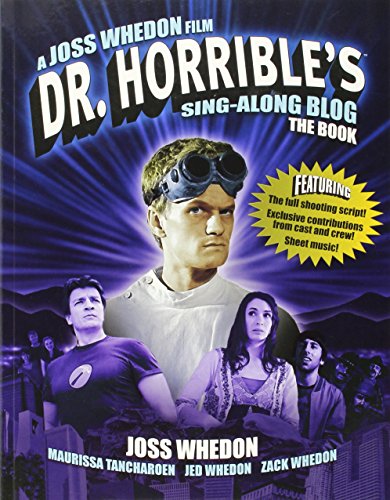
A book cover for Dr Horrible's Sing-Along Blog Book; Joss Whedon; Humor & Entertainment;